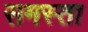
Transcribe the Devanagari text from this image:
समस्ता